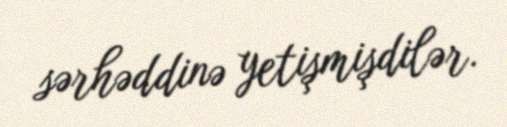
sərhəddinə yetişmişdilər.